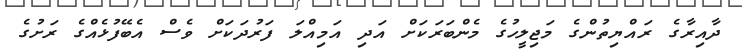
ދާއިރާގެ ރައްޔިތުންގެ މަޖިލީހުގެ މެންބަރަކަށް އަދި އަމިއްލަ ފަރުދަކަށް ވެސް އެބޭފުޅެއްގެ ރަށުގެ